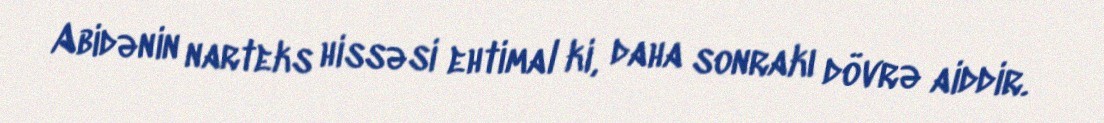
Abidənin narteks hissəsi ehtimal ki, daha sonrakı dövrə aiddir.